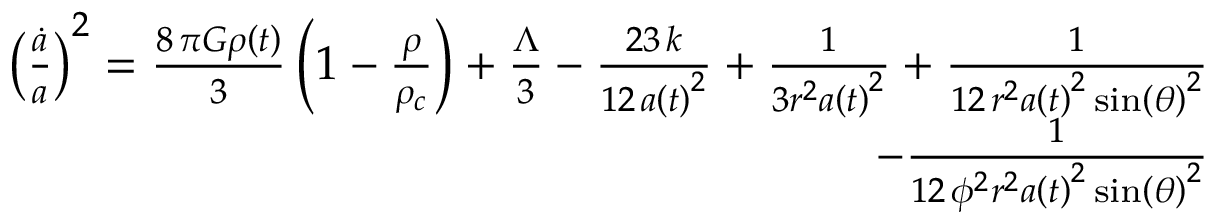
\begin{array} { r } { \left( \frac { \dot { a } } { a } \right) ^ { 2 } = \frac { 8 \, \pi G \rho \left( t \right) } { 3 } \left( 1 - \frac { \rho } { \rho _ { c } } \right) + \frac { \Lambda } { 3 } - \frac { 2 3 \, k } { 1 2 \, a \left( t \right) ^ { 2 } } + \frac { 1 } { 3 r ^ { 2 } a \left( t \right) ^ { 2 } } + \frac { 1 } { 1 2 \, r ^ { 2 } a \left( t \right) ^ { 2 } \sin \left( { \theta } \right) ^ { 2 } } } \\ { - \frac { 1 } { 1 2 \, { \phi } ^ { 2 } r ^ { 2 } a \left( t \right) ^ { 2 } \sin \left( { \theta } \right) ^ { 2 } } } \end{array}